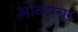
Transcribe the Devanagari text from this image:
ओव्हरचर